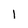
Character: I